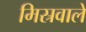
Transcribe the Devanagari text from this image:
मिस्रवाले